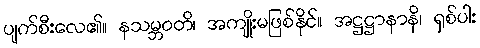
ပျက်စီးလေ၏။ နသမ္ဘဝတိ၊ အကျိုးမဖြစ်နိုင်။ အဋ္ဌဋ္ဌာနာနိ၊ ရှစ်ပါး